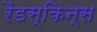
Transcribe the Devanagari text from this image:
रैडस्किन्स